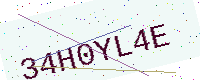
Text: 34H0YL4E